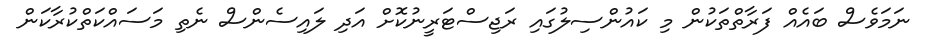
ނަމަވެސް ބައެއް ފަރާތްތަކުން މި ކައުންސިލުގައި ރަޖިސްޓަރީނުކޮށް އަދި ލައިސެންސް ނެތި މަސައްކަތްކުރާކަން